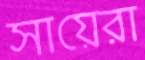
সায়েরা